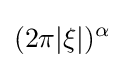
(2\pi |\xi |)^{\alpha }